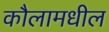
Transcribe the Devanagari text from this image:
कौलामधील